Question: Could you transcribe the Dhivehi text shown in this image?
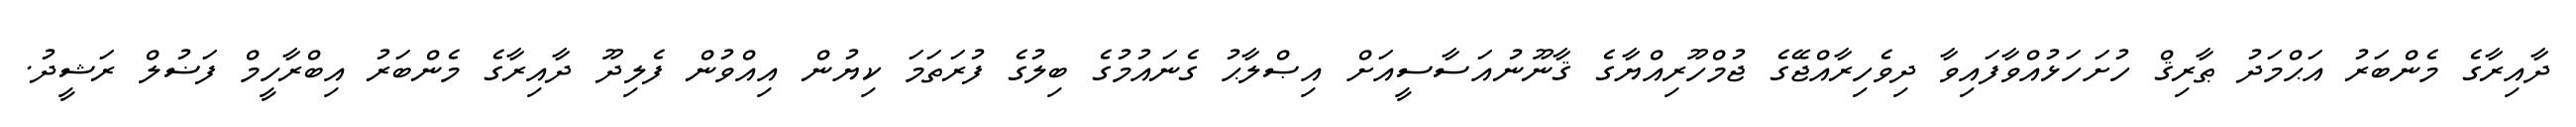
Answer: ދާއިރާގެ މެންބަރު އަޙްމަދު ޠާރިޤް ހުށަހަޅުއްވާފައިވާ ދިވެހިރާއްޖޭގެ ޖުމްހޫރިއްޔާގެ ޤާނޫނުއަސާސީއަށް އިޞްލާޙު ގެނައުމުގެ ބިލުގެ ފުރަތަމަ ކިޔުން އިއްވުން ފެލިދޫ ދާއިރާގެ މެންބަރު އިބްރާހީމް ފަޟުލް ރަޝީދު.